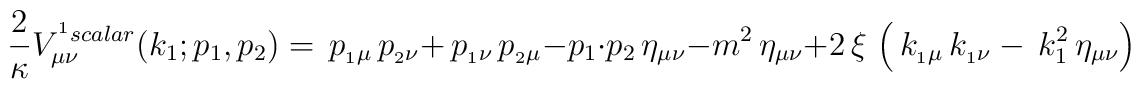
\displaystyle{\frac {2}{\kappa}} V^{^1{scalar}}_{\mu\nu}(k_1;p_1,p_2)=\,p_{_1\mu }\,p_{_2\nu } + \,p_{_1\nu }\,p_{_2\mu }  -  p_1 \cdot p_2\,\eta_{\mu  \nu } - {m^2}\,\eta_{\mu  \nu } +2\, \xi \,\left( \,k_{_1\mu }\,k_{_1\nu } - \,k_1^{2}\,\eta_{\mu  \nu } \right)